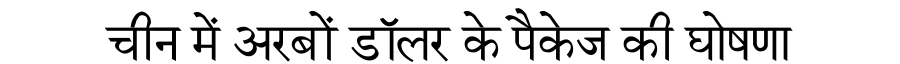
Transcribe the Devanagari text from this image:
चीन में अरबों डॉलर के पैकेज की घोषणा